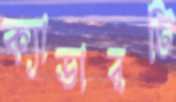
ক্যাডারটি